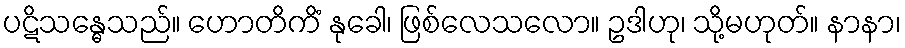
ပဋိသန္ဓေသည်။ ဟောတိကိံ နုခေါ၊ ဖြစ်လေသလော။ ဥဒါဟု၊ သို့မဟုတ်။ နာနာ၊